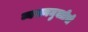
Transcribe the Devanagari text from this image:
व्यसनमुक्तीची